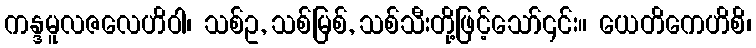
ကန္ဒမူလဇလေဟိဝါ၊ သစ်ဥ, သစ်မြစ်, သစ်သီးတို့ဖြင့်သော်၎င်း။ ယေတိကေဟိစိ၊